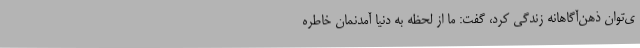
ی‌توان ذهن‌آگاهانه زندگی کرد، گفت: ما از لحظه به دنیا آمدنمان خاطره